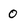
Character: O